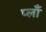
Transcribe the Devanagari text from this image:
प्लाँ